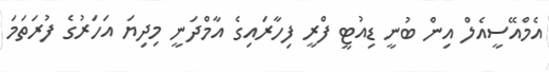
އެމްއޭސީއެލް އިން ބުނީ ޑިއުޓީ ފްރީ ފިހާރައިގެ އާމްދަނީ މިދިޔަ އަހަރުގެ ފުރަތަމަ